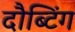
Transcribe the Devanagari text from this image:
दौब्टिंग